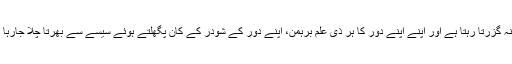
زمانہ گزرتا رہتا ہے اور اپنے اپنے دور کا ہر ذی علم برہمن، اپنے دور کے شودر کے کان پگھلتے ہوئے سیسے سے بھرتا چلا جارہا ہے۔